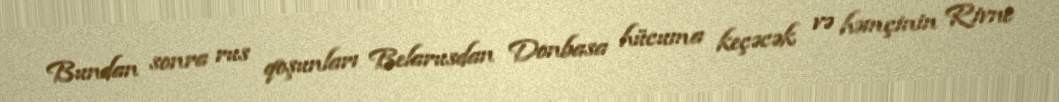
Bundan sonra rus qoşunları Belarusdan Donbasa hücuma keçəcək və həmçinin Rivne